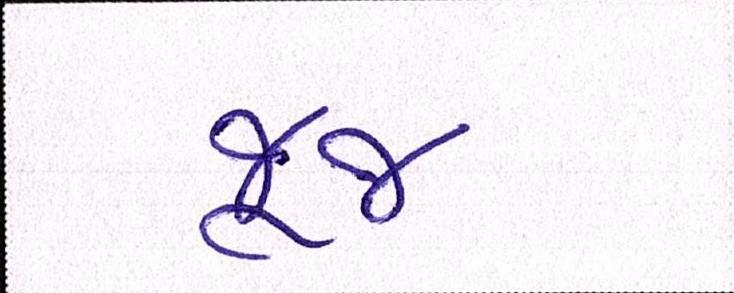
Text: જૂજ